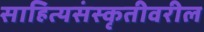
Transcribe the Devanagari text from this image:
साहित्यसंस्कृतीवरील